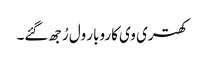
کھتری وی کاروبار ول رُجھ گئے۔